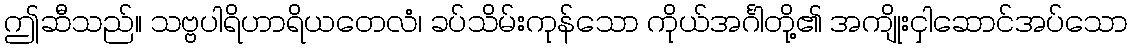
ဤဆီသည်။ သဗ္ဗပါရိဟာရိယတေလံ၊ ခပ်သိမ်းကုန်သော ကိုယ်အင်္ဂါတို့၏ အကျိုးငှါဆောင်အပ်သော